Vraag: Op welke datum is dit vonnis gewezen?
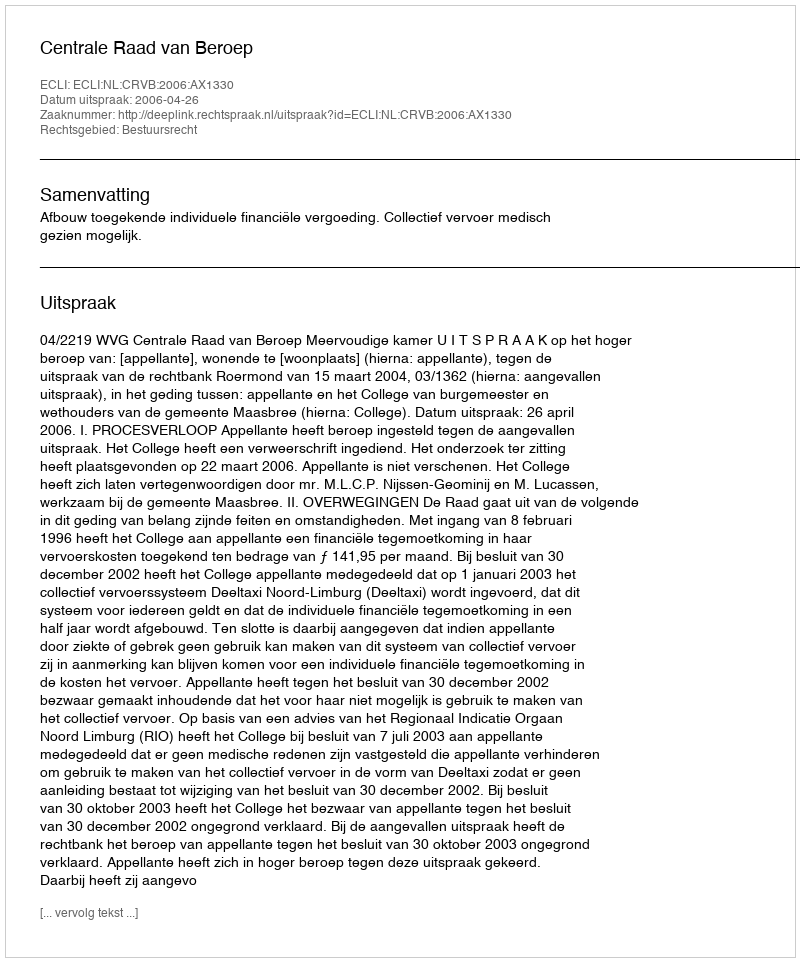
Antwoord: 2006-04-26